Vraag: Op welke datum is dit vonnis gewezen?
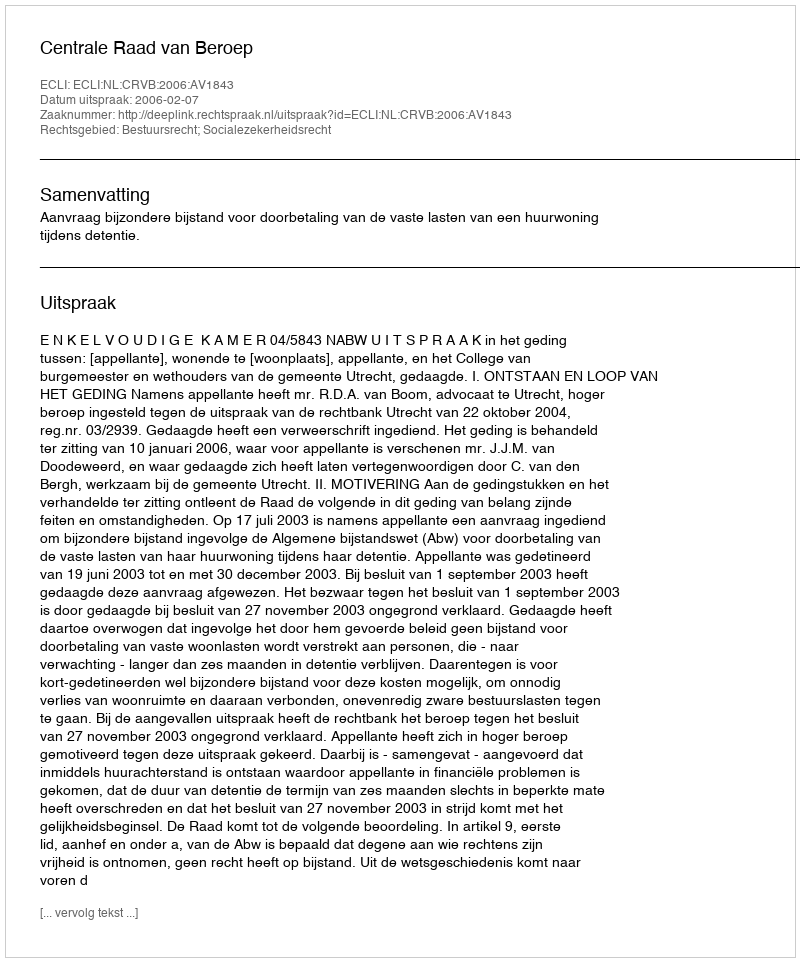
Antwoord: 2006-02-07